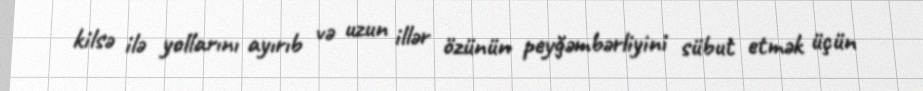
kilsə ilə yollarını ayırıb və uzun illər özünün peyğəmbərliyini sübut etmək üçün